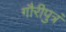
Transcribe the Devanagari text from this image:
गौरीपुत्रं